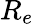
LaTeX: R_{e}